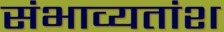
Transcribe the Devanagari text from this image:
संभाव्यतांश